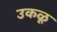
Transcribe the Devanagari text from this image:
उकळू